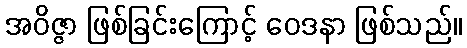
အဝိဇ္ဇာ ဖြစ်ခြင်းကြောင့် ဝေဒနာ ဖြစ်သည်။